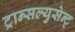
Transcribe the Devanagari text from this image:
ट्रान्सल्युसेन्ट्